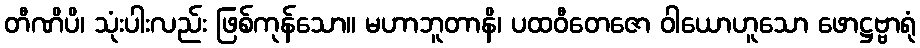
တီဏိပိ၊ သုံးပါးလည်း ဖြစ်ကုန်သော။ မဟာဘူတာနိ၊ ပထဝီတေဇော ဝါယောဟူသော ဖောဋ္ဌဗ္ဗာရုံ